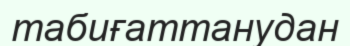
табиғаттанудан